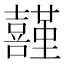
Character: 𡅤